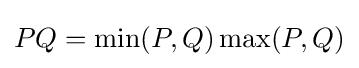
PQ=\min(P,Q)\max(P,Q)